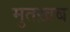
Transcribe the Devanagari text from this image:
मुतख़ब